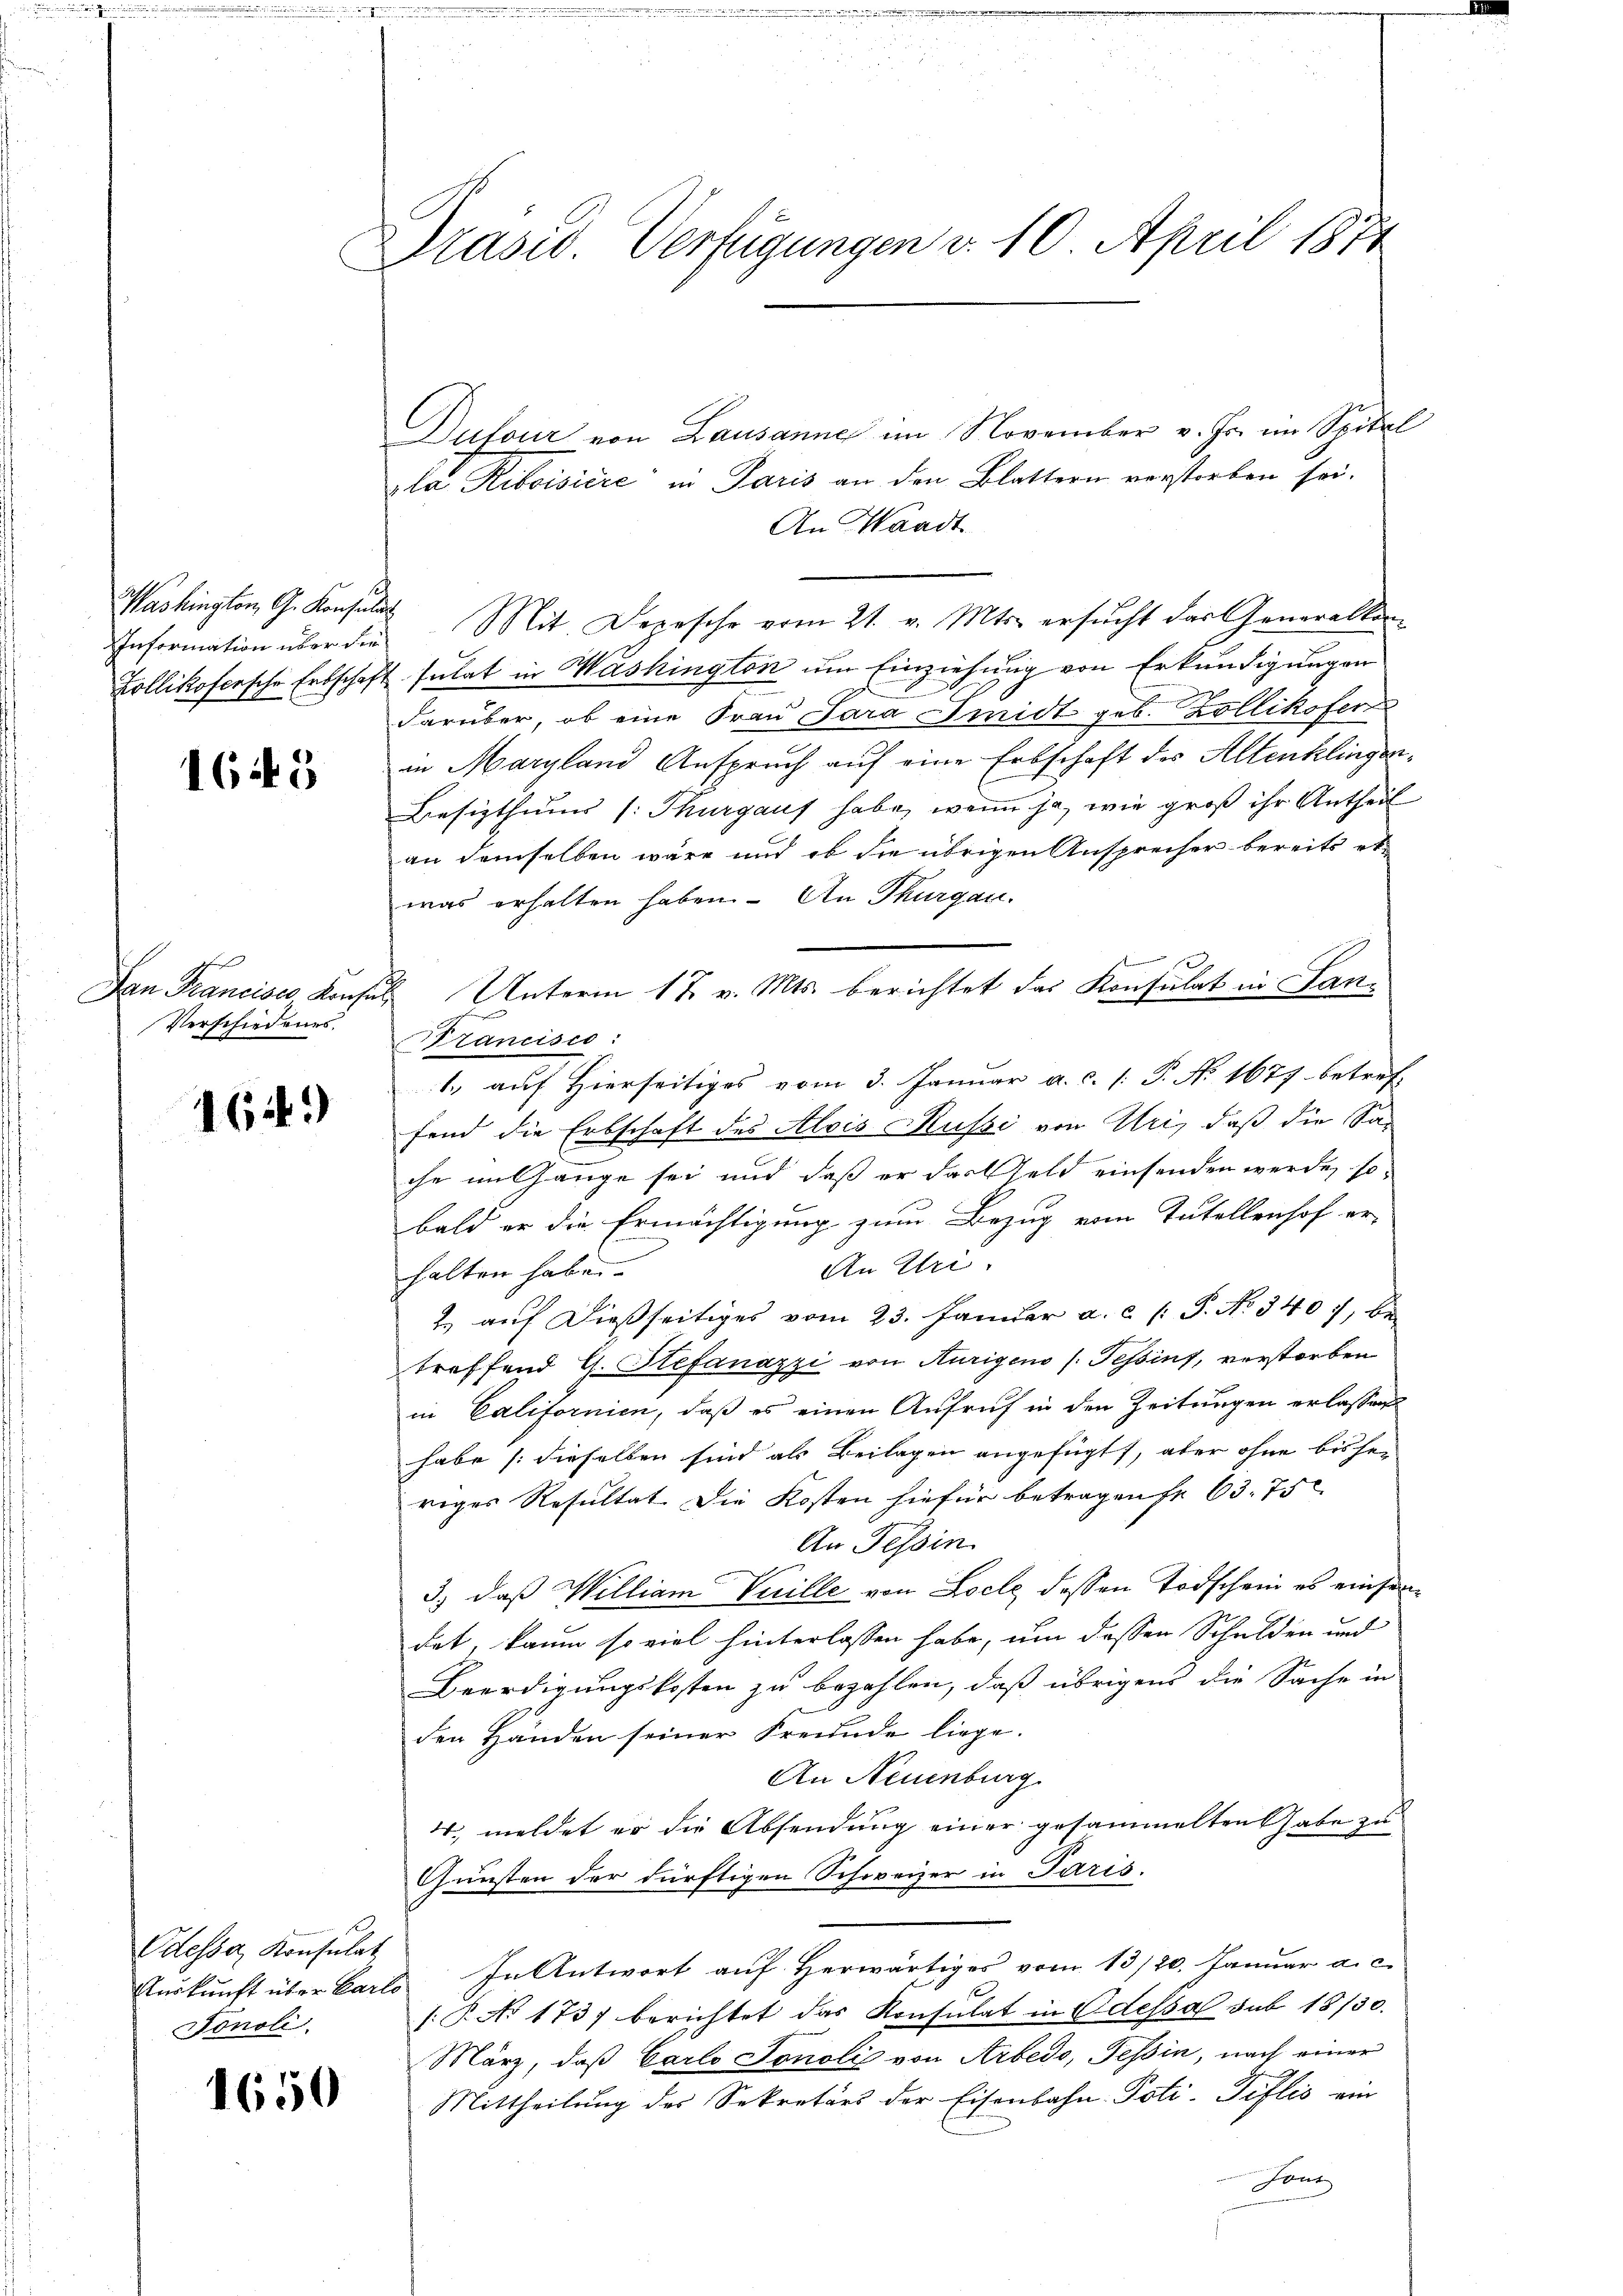
Washington, G. Konsul
Information über die
Zollikofersche Erbschaf

165

Dan Francises, Konse
Verschiedenes.

164)

Odessa, Konsulat
Fonoli

1650

Präsid. Verfügungen v. 10. April 1871

Dufour von Lausanne im November v. Fr. im Spital
la Riboisiere in Paris an den Blattern vorstorben sei.
An Waadt
 Mit Depesche vom 21. v. Mts. ersŭcht das Generallen
sulat in Washington um Einziehung von Erkundigungen
darüber, ob eine Frau Sara Smidt geb. Zollikofer
in Maryland Anspruch auf eine Erbschaft des Altenklingen¬
Besizthums (: Thurgauf habe, wenn ja, wie groß ihr Antheil
an demselben wäre und ob die übrigen Ansprecher bereits et
was erhalten haben. An Thurgau,

Unterm 17. v. Mts. berichtet das Konsulat in Lan¬
Brancisco:
1.) auf Hierseitiges vom 3. Januar a. c. /: P. No 1677 betref-
fend die Erbschaft des Alois Mussi von Uri, daß die Sac
che im Gange sei und daß er das Geld einsenden werde, so
bald er die Ermächtigung zum Bezug vom Tutellenhof er-
An Uri.
halten habe. |
2. auf dießseitiges vom 23. Januar a. c. l. J. N. 3407, be-
treffend G. Stefanazzi von Aurigens (Tessins, verstorben
in Californien, daß es einen Aufruf in den Zeitungen erlassen
habe [dieselben sind als Beilagen angefügt, aber ohne bisher
riges Resultat die Kosten hiefür betragen fr. 63. 75
An Tessin
3.) daß William Verille von Loche dessen Todschein es einsamdet, kaum so viel hinterlassen habe, um dessen Schulden und
Beerdigungskosten zu bezahlen, daß übrigens die Sache in
den Händen seiner Freunde liege.
An Neuenburg
4 meldet er die Absendung einer gesammelten habe zu
Gunsten der dürftigen Schweizer in Paris.
Aŭskŭnft über Carls. In Antwort aŭf herwärtiges vom 13/20. Januar a. c.
(B. No 173 berichtet das Konsulat in Odessa sub 18/30.
März, daß Carlo Tonoli von Arbedo, Tessin, nach einer
Mittheilung des Sekretärs der Eisenbahn-Poti-Teflis ein
n